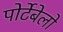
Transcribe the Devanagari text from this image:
पोर्टेबेलो